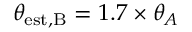
\theta _ { \mathrm { e s t , B } } = 1 . 7 \times \theta _ { A }